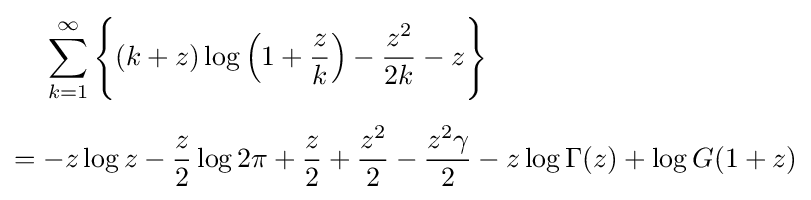
{\begin{aligned}&\sum _{k=1}^{\infty }{\Bigg \{}(k+z)\log \left(1+{\frac {z}{k}}\right)-{\frac {z^{2}}{2k}}-z{\Bigg \}}\\[5pt]={}&{-z}\log z-{\frac {z}{2}}\log 2\pi +{\frac {z}{2}}+{\frac {z^{2}}{2}}-{\frac {z^{2}\gamma }{2}}-z\log \Gamma (z)+\log G(1+z)\end{aligned}}